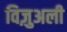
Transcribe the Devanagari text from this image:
विज़ुअली